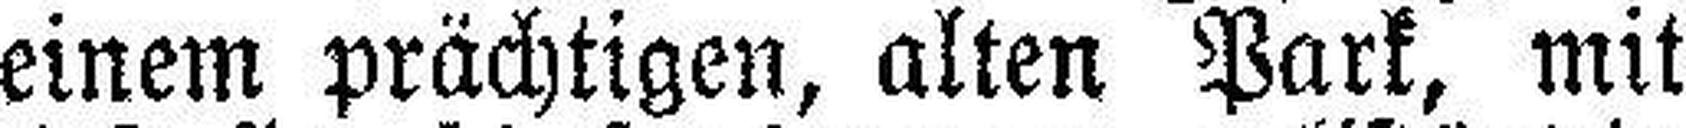
einem prächtigen, alten Park, mit